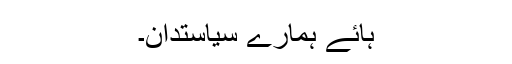
ہائے ہمارے سیاستدان۔